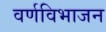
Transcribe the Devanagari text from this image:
वर्णविभाजन